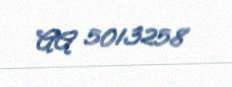
AA 5013258